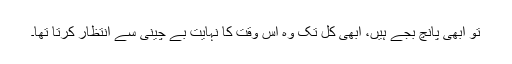
تو ابھی پانچ بجے ہیں، ابھی کل تک وہ اس وقت کا نہایت بے چینی سے انتظار کرتا تھا۔